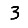
Digit: 3